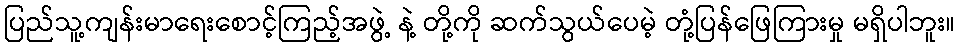
ပြည်သူ့ကျန်းမာရေးစောင့်ကြည့်အဖွဲ့ နဲ့ တို့ကို ဆက်သွယ်ပေမဲ့ တုံ့ပြန်ဖြေကြားမှု မရှိပါဘူး။